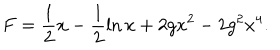
F = \frac { 1 } { 2 } x - \frac { 1 } { 2 } \ln x + 2 g x ^ { 2 } - 2 g ^ { 2 } x ^ { 4 } .